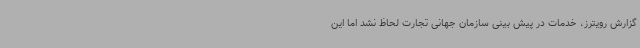
گزارش رویترز، خدمات در پیش بینی سازمان جهانی تجارت لحاظ نشد اما این